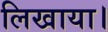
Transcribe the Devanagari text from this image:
लिखाया।